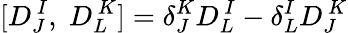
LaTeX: [D_{J}^{\, I},\; D_{L}^{\, K}]=\delta_{J}^{K}D_{L}^{\, I}-\delta_{L}^{I}D_{J}^{\, K}